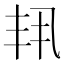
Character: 𫡗